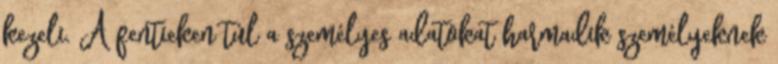
kezeli. A fentieken túl a személyes adatokat harmadik személyeknek